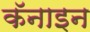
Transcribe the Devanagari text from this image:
कॅनाइन